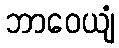
ဘာဝေယျံ